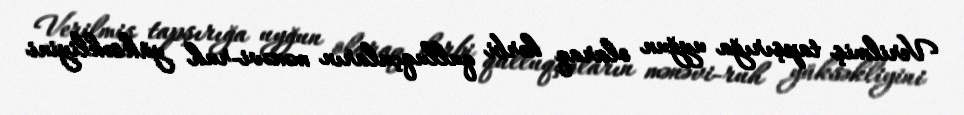
Verilmiş tapşırığa uyğun olaraq hərbi qulluqçuların mənəvi-ruh yüksəkliyini